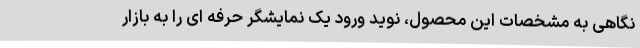
نگاهی به مشخصات این محصول، نوید ورود یک نمایشگر حرفه ای را به بازار